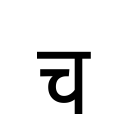
OCR:
च